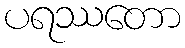
ပရဿတော